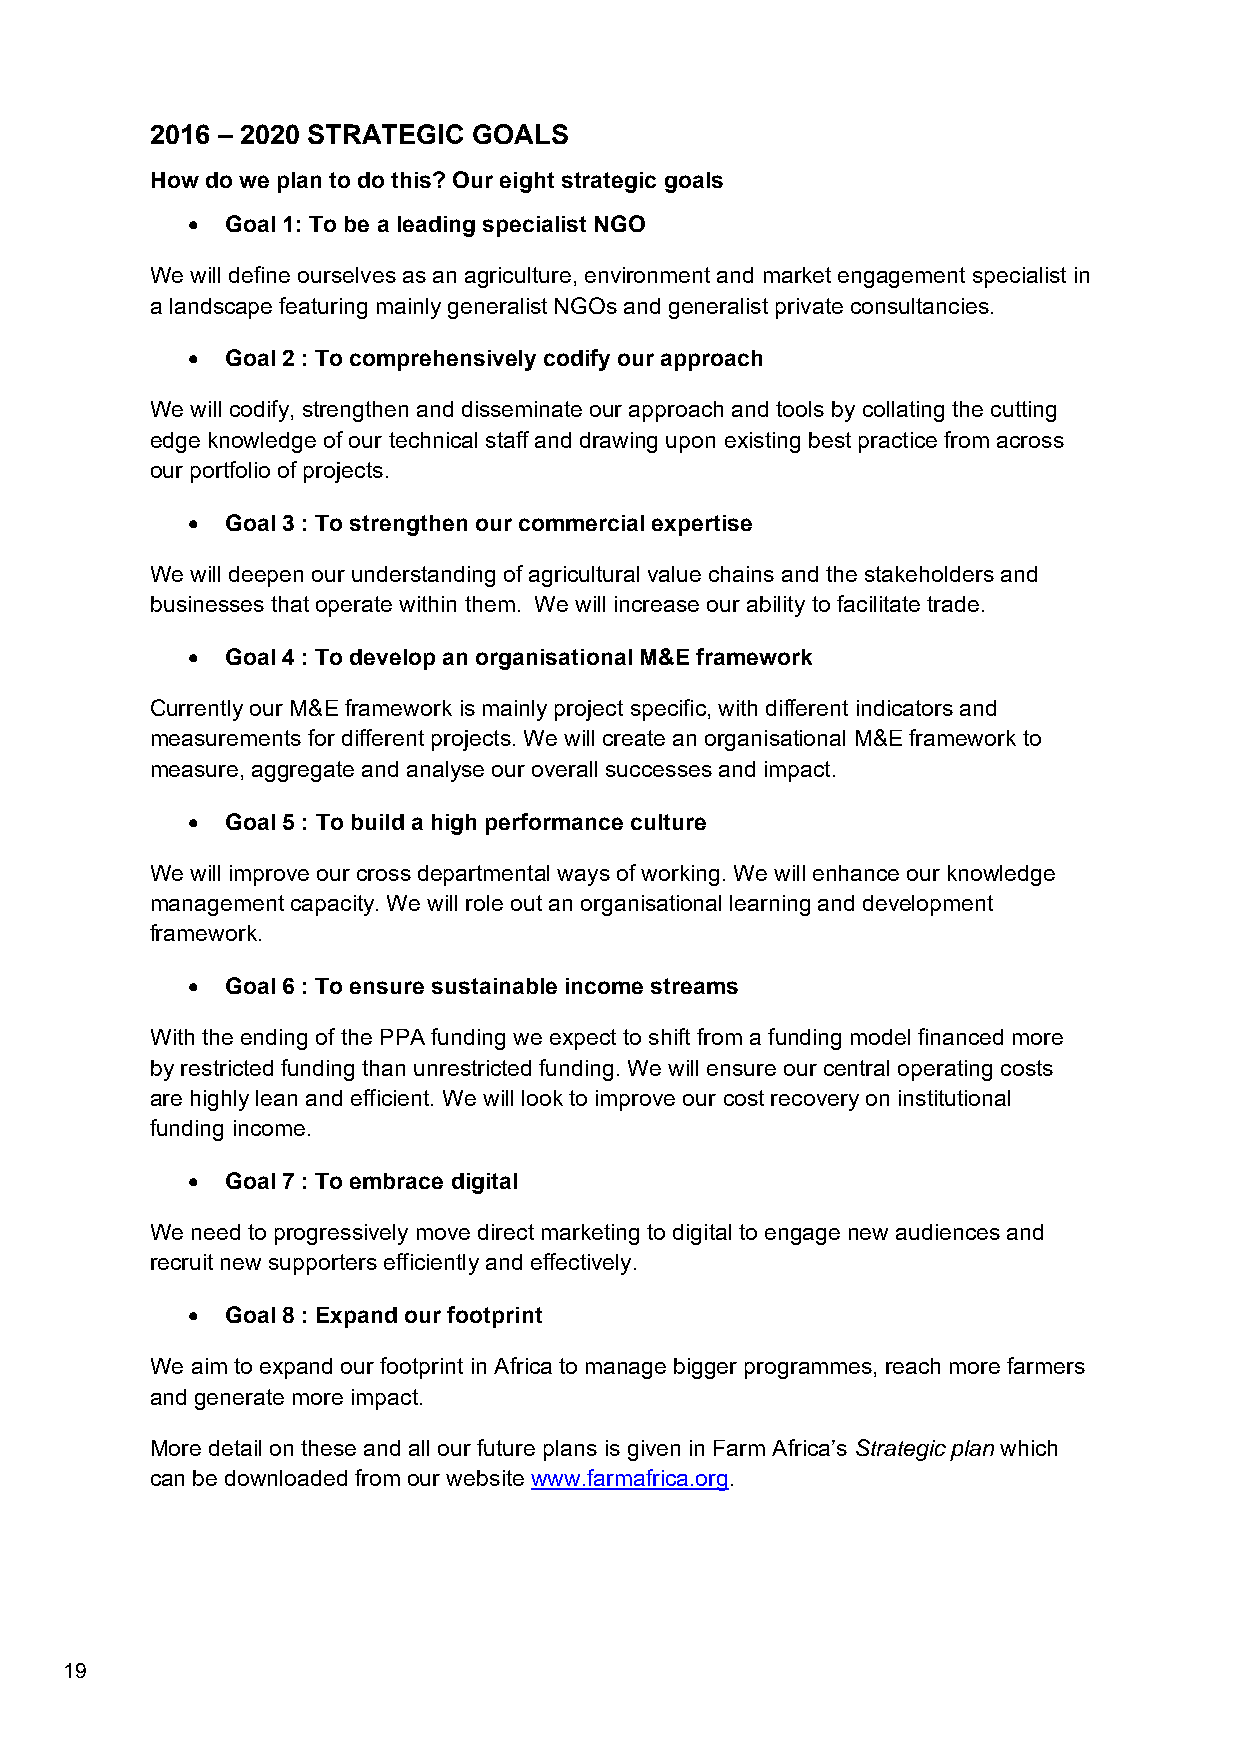
2016 – 2020 STRATEGIC GOALS
 How do we plan to do this? Our eight strategic goals
   Goal 1: To be a leading specialist NGO
 We will define ourselves as an agriculture, environment and market engagement specialist in
 a landscape featuring mainly generalist NGOs and generalist private consultancies.
   Goal 2 : To comprehensively codify our approach
 We will codify, strengthen and disseminate our approach and tools by collating the cutting
 edge knowledge of our technical staff and drawing upon existing best practice from across
 our portfolio of projects.
   Goal 3 : To strengthen our commercial expertise
 We will deepen our understanding of agricultural value chains and the stakeholders and
 businesses that operate within them. We will increase our ability to facilitate trade.
   Goal 4 : To develop an organisational M&E framework
 Currently our M&E framework is mainly project specific, with different indicators and
 measurements for different projects. We will create an organisational M&E framework to
 measure, aggregate and analyse our overall successes and impact.
   Goal 5 : To build a high performance culture
 We will improve our cross departmental ways of working. We will enhance our knowledge
 management capacity. We will role out an organisational learning and development
 framework.
   Goal 6 : To ensure sustainable income streams
 With the ending of the PPA funding we expect to shift from a funding model financed more
 by restricted funding than unrestricted funding. We will ensure our central operating costs
 are highly lean and efficient. We will look to improve our cost recovery on institutional
 funding income.
   Goal 7 : To embrace digital
 We need to progressively move direct marketing to digital to engage new audiences and
 recruit new supporters efficiently and effectively.
   Goal 8 : Expand our footprint
 We aim to expand our footprint in Africa to manage bigger programmes, reach more farmers
 and generate more impact.
 More detail on these and all our future plans is given in Farm Africa’s Strategic plan which
 can be downloaded from our website www.farmafrica.org.
 19